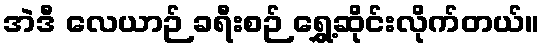
အဲဒီ လေယာဉ် ခရီးစဉ် ရွှေ့ဆိုင်းလိုက်တယ်။